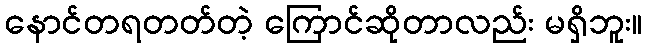
နောင်တရတတ်တဲ့ ကြောင်ဆိုတာလည်း မရှိဘူး။